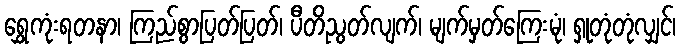
ရွှေကုံးရတနာ၊ ကြည်စွာပြတ်ပြတ်၊ ပီတိညွတ်လျက်၊ မျက်မှတ်ကြေးမုံ၊ ရှုတုံတုံလျှင်၊